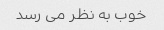
خوب به نظر می رسد